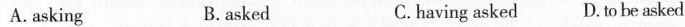
A.asking B.asked C.having asked D. to be asked